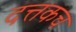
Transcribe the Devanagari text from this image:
दत्तकच